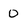
Character: 0